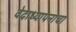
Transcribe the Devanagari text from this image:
वेदाध्यापनाचा